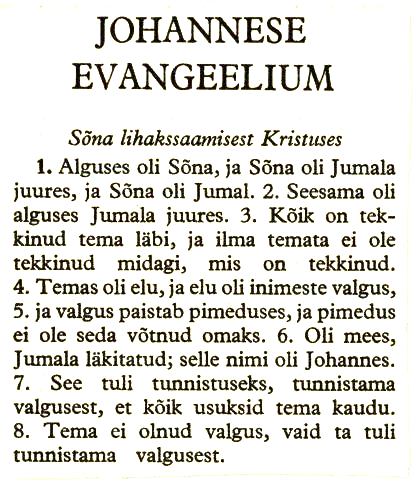
Language: et